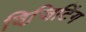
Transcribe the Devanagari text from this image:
विजि़टिंग